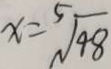
x = \sqrt [ 5 ] { 4 8 }